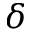
\delta